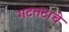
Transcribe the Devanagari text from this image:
गटतटाचे